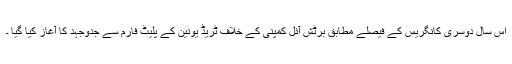
اس سال دوسری کانگریس کے فیصلے مطابق برٹش آئل کمپنی کے خلاف ٹریڈ یونین کے پلیٹ فارم سے جدوجہد کا آغاز کیا گیا ۔